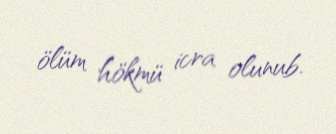
ölüm hökmü icra olunub.